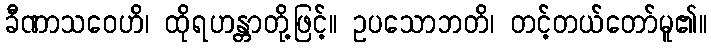
ခီဏာသဝေဟိ၊ ထိုရဟန္တာတို့ဖြင့်။ ဥပသောဘတိ၊ တင့်တယ်တော်မူ၏။